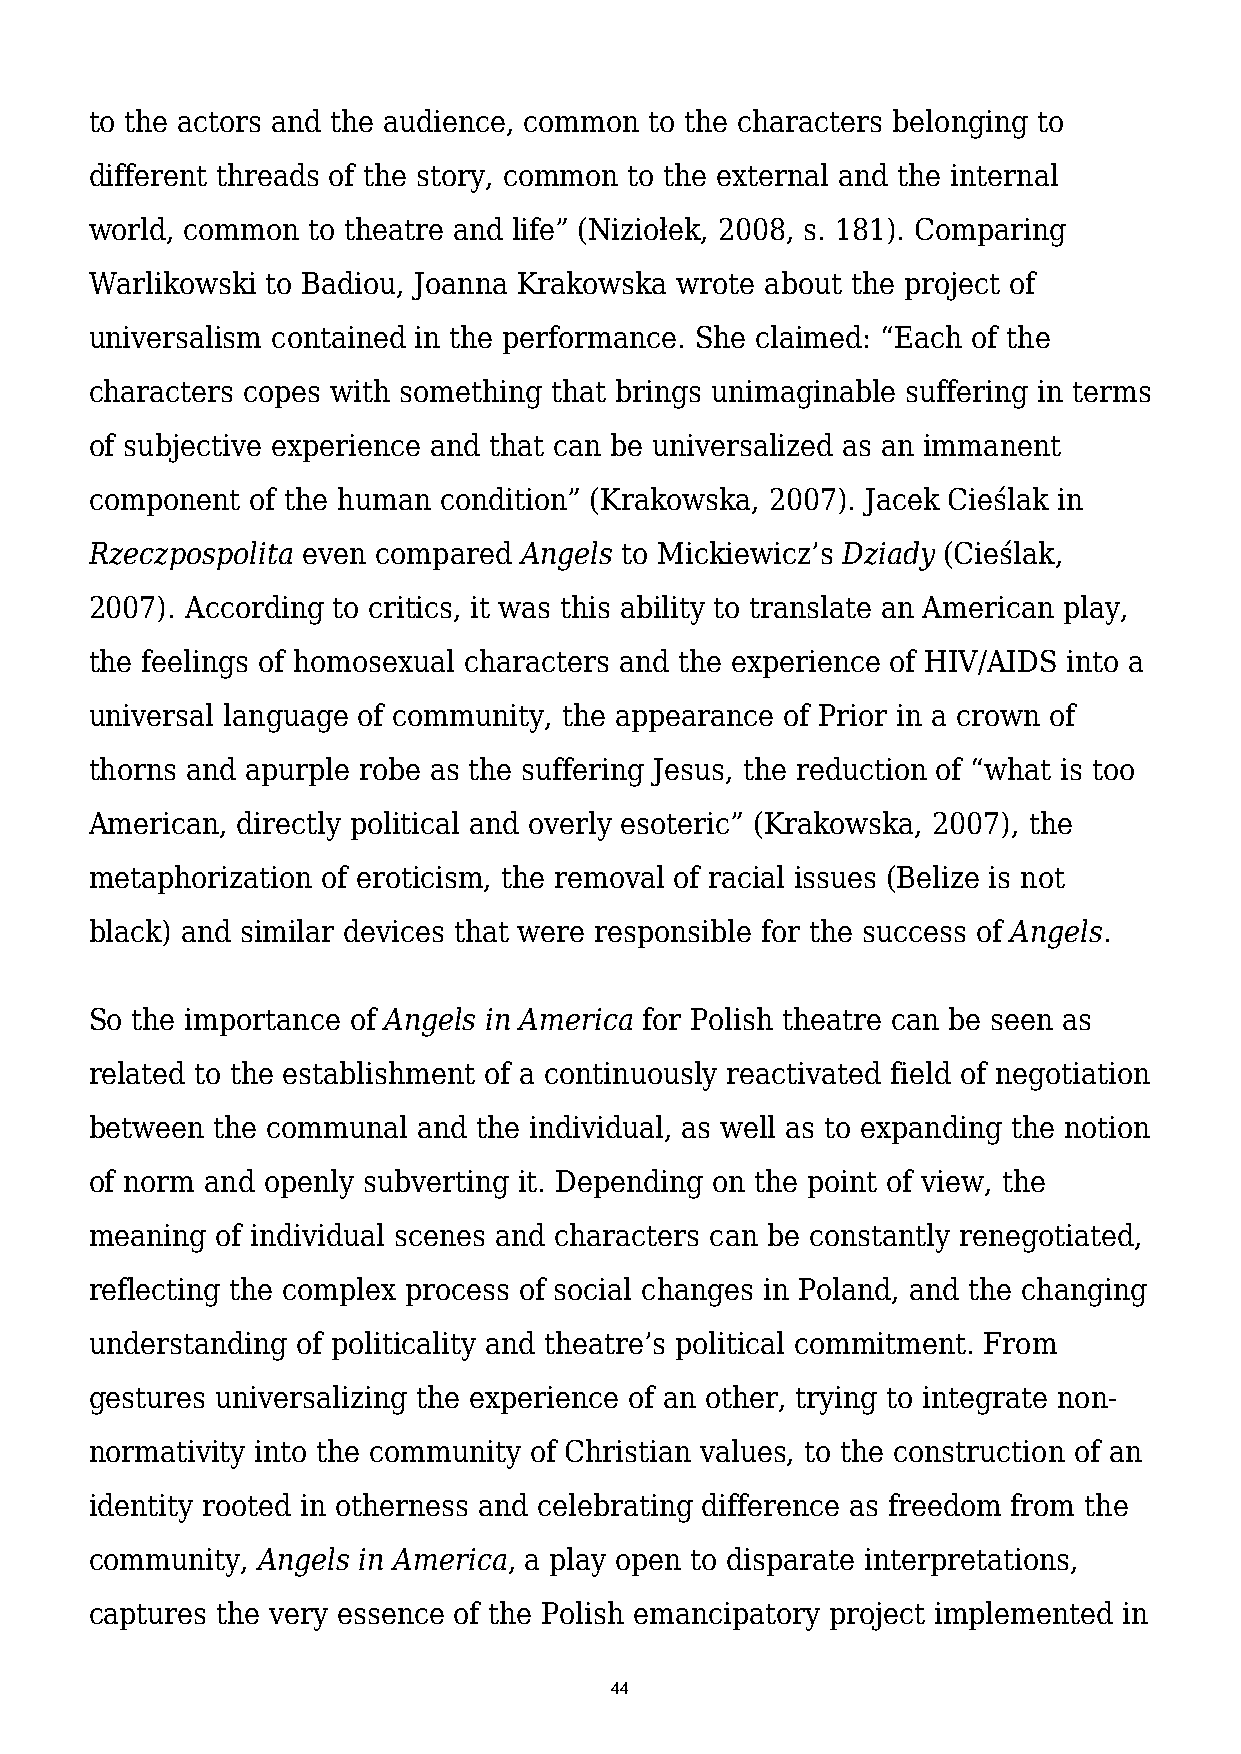
to the actors and the audience, common to the characters belonging to
 different threads of the story, common to the external and the internal
 world, common to theatre and life” (Niziołek, 2008, s. 181). Comparing
 Warlikowski to Badiou, Joanna Krakowska wrote about the project of
 universalism contained in the performance. She claimed: “Each of the
 characters copes with something that brings unimaginable suffering in terms
 of subjective experience and that can be universalized as an immanent
 component  of the human condition” (Krakowska, 2007). Jacek Cieślak in
 Rzeczpospolita even compared Angels to Mickiewicz’s Dziady (Cieślak,
 2007). According to critics, it was this ability to translate an American play,
 the feelings of homosexual characters and the experience of HIV/AIDS into a
 universal language of community, the appearance of Prior in a crown of
 thorns and apurple robe as the suffering Jesus, the reduction of “what is too
 American, directly political and overly esoteric” (Krakowska, 2007), the
 metaphorization of eroticism, the removal of racial issues (Belize is not
 black) and similar devices that were responsible for the success of Angels.
 So the importance of Angels in America for Polish theatre can be seen as
 related to the establishment of a continuously reactivated field of negotiation
 between the communal  and the individual, as well as to expanding the notion
 of norm and openly subverting it. Depending on the point of view, the
 meaning of individual scenes and characters can be constantly renegotiated,
 reflecting the complex process of social changes in Poland, and the changing
 understanding of politicality and theatre’s political commitment. From
 gestures universalizing the experience of an other, trying to integrate non-
 normativity into the community of Christian values, to the construction of an
 identity rooted in otherness and celebrating difference as freedom from the
 community, Angels in America, a play open to disparate interpretations,
 captures the very essence of the Polish emancipatory project implemented in
 44